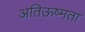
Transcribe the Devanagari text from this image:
अतिऊष्मता